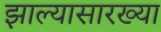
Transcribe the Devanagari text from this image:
झाल्यासारख्या